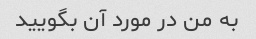
به من در مورد آن بگویید